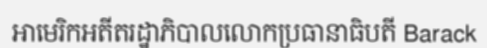
អាមេរិកអតីតរដ្ឋាភិបាលលោកប្រធានាធិបតី Barack